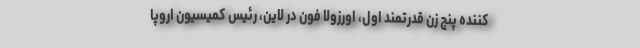
کننده پنج زن قدرتمند اول، اورزولا فون در لاین، رئیس کمیسیون اروپا